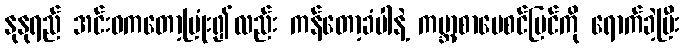
နုနုရည် အင်းဝကတော့ပြုံး၍လည်း ကန်တော့ခံပါနဲ့ ကမ္ဘာ့စာပေစင်မြင်ကို ရောက်ခဲ့ပြီး